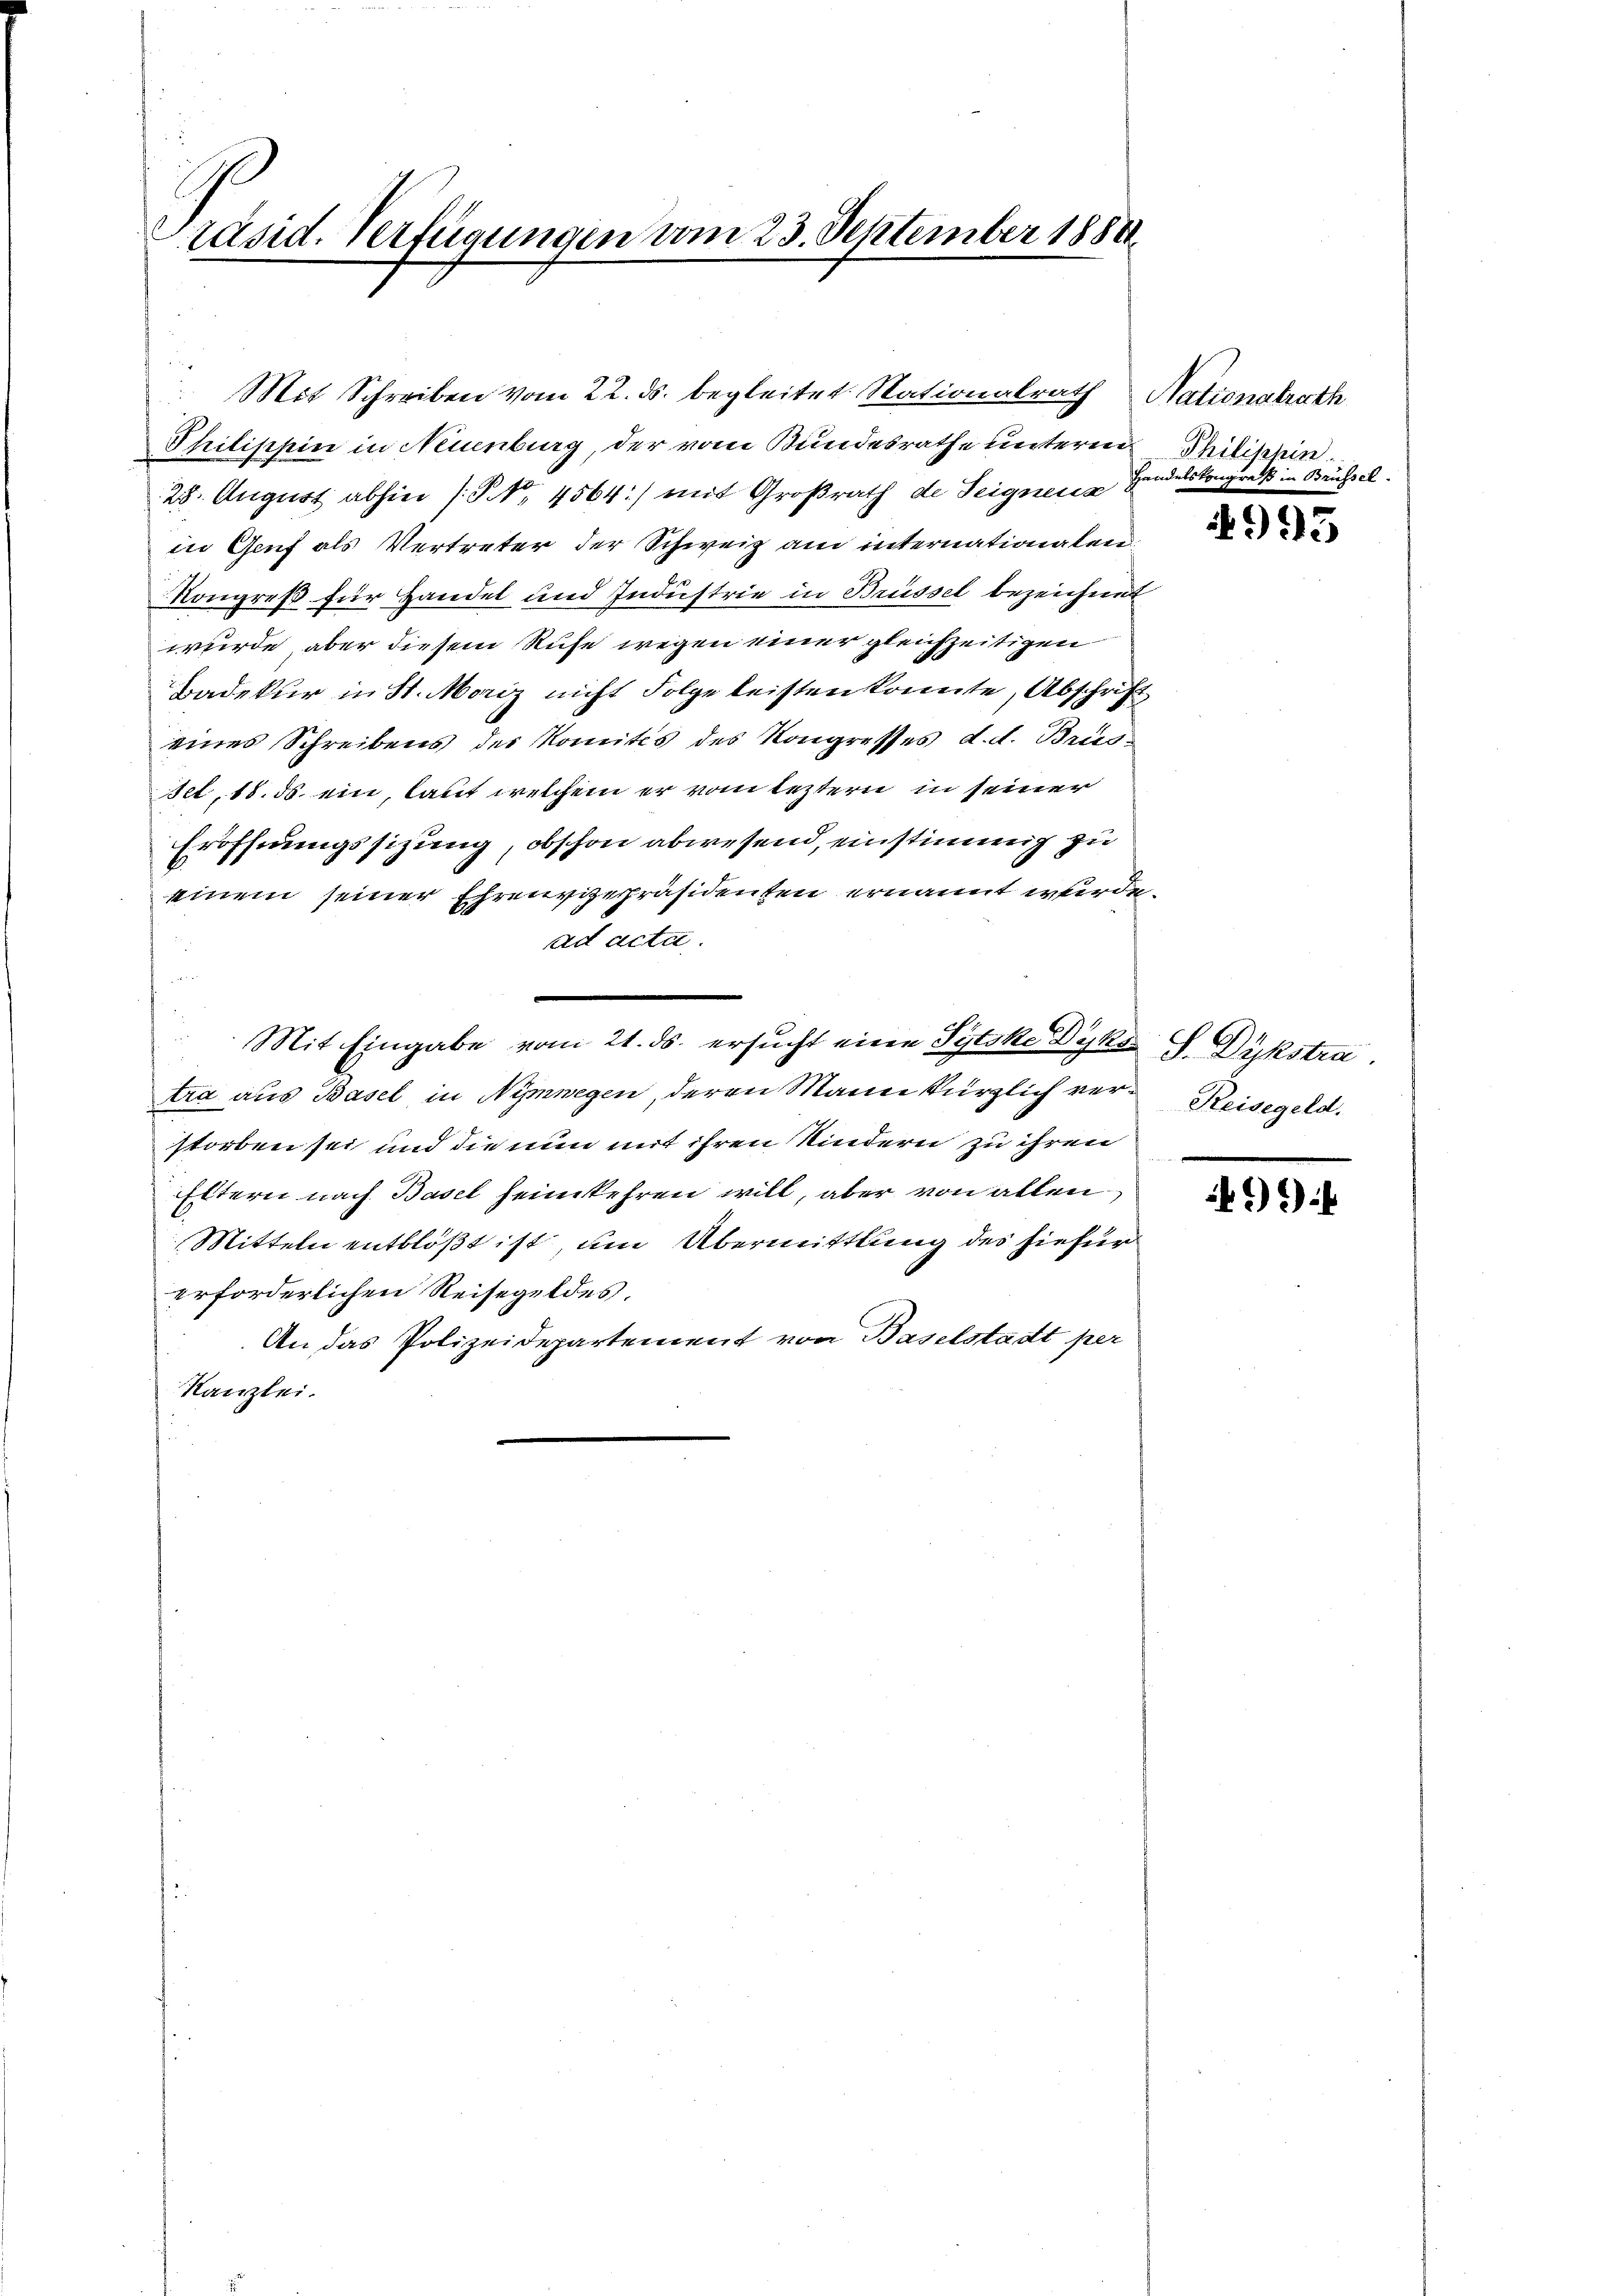
Präsid. Verfügungen vom 23. September 1884

Mit Schreiben vom 22. ds. begleitet. Nationalrath Nationalrath
Philischin in Neuenburg, der vom Bundesrathe unteren
28. August abhin (S. 4564) mit Großrath de Seignens
in Genf als Vertreter der Schweiz am internationalen
Kongreß für Handel und Industrie in Brüssel bezeichnet
wurde, aber diesem Rufe wegen einer gleichzeitigen
Badekur in St. Moriz nicht Folge leisten konnte, Abschrift
eines Schreibens des Komités des Kongresses d. d. Brus-
set, 18. ds. ein, laut welchem er vom leztern in seiner
Eröffnungssizung, obschon abwesend, einstimmig zu
einem seiner Ehrenvizepräsidenten ernannt wurde.
ad acta.
Mit Eingabe vom 21. ds. ersucht eine Sytoke Dyks G. Dykstra
tra aus Basel in Nymwegen, deren Mann kürzlich ver Reisegeld.
storben sei und die nun mit ihren Kindern zu ihren
Eltern nach Basel heimkehren will, aber von allen
Mitteln entblößt ist, um Übermittlung des hiefür
erforderlichen Reisegeldes.
An das Polizeidepartement von Baselstadt per
Kanzlei.

Philischin
Handelskongreß in Brüssel.

995

99